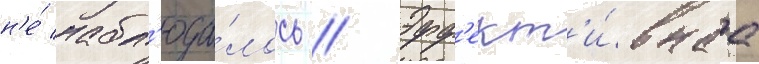
н'е́ набл'юда́лось // Эфф'ект'и́внаа